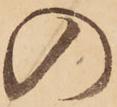
の